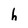
Character: h